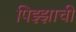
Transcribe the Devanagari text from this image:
पिझ्झाची